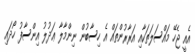
އެއީ ޖެހޭ މައްސަލަތަކާއި އަރާރުންތައް އެ ހިސާބުން ނިންމާލާ ޢަދުލު އިންސާފު ހޯދައި